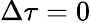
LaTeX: \Delta\tau=0